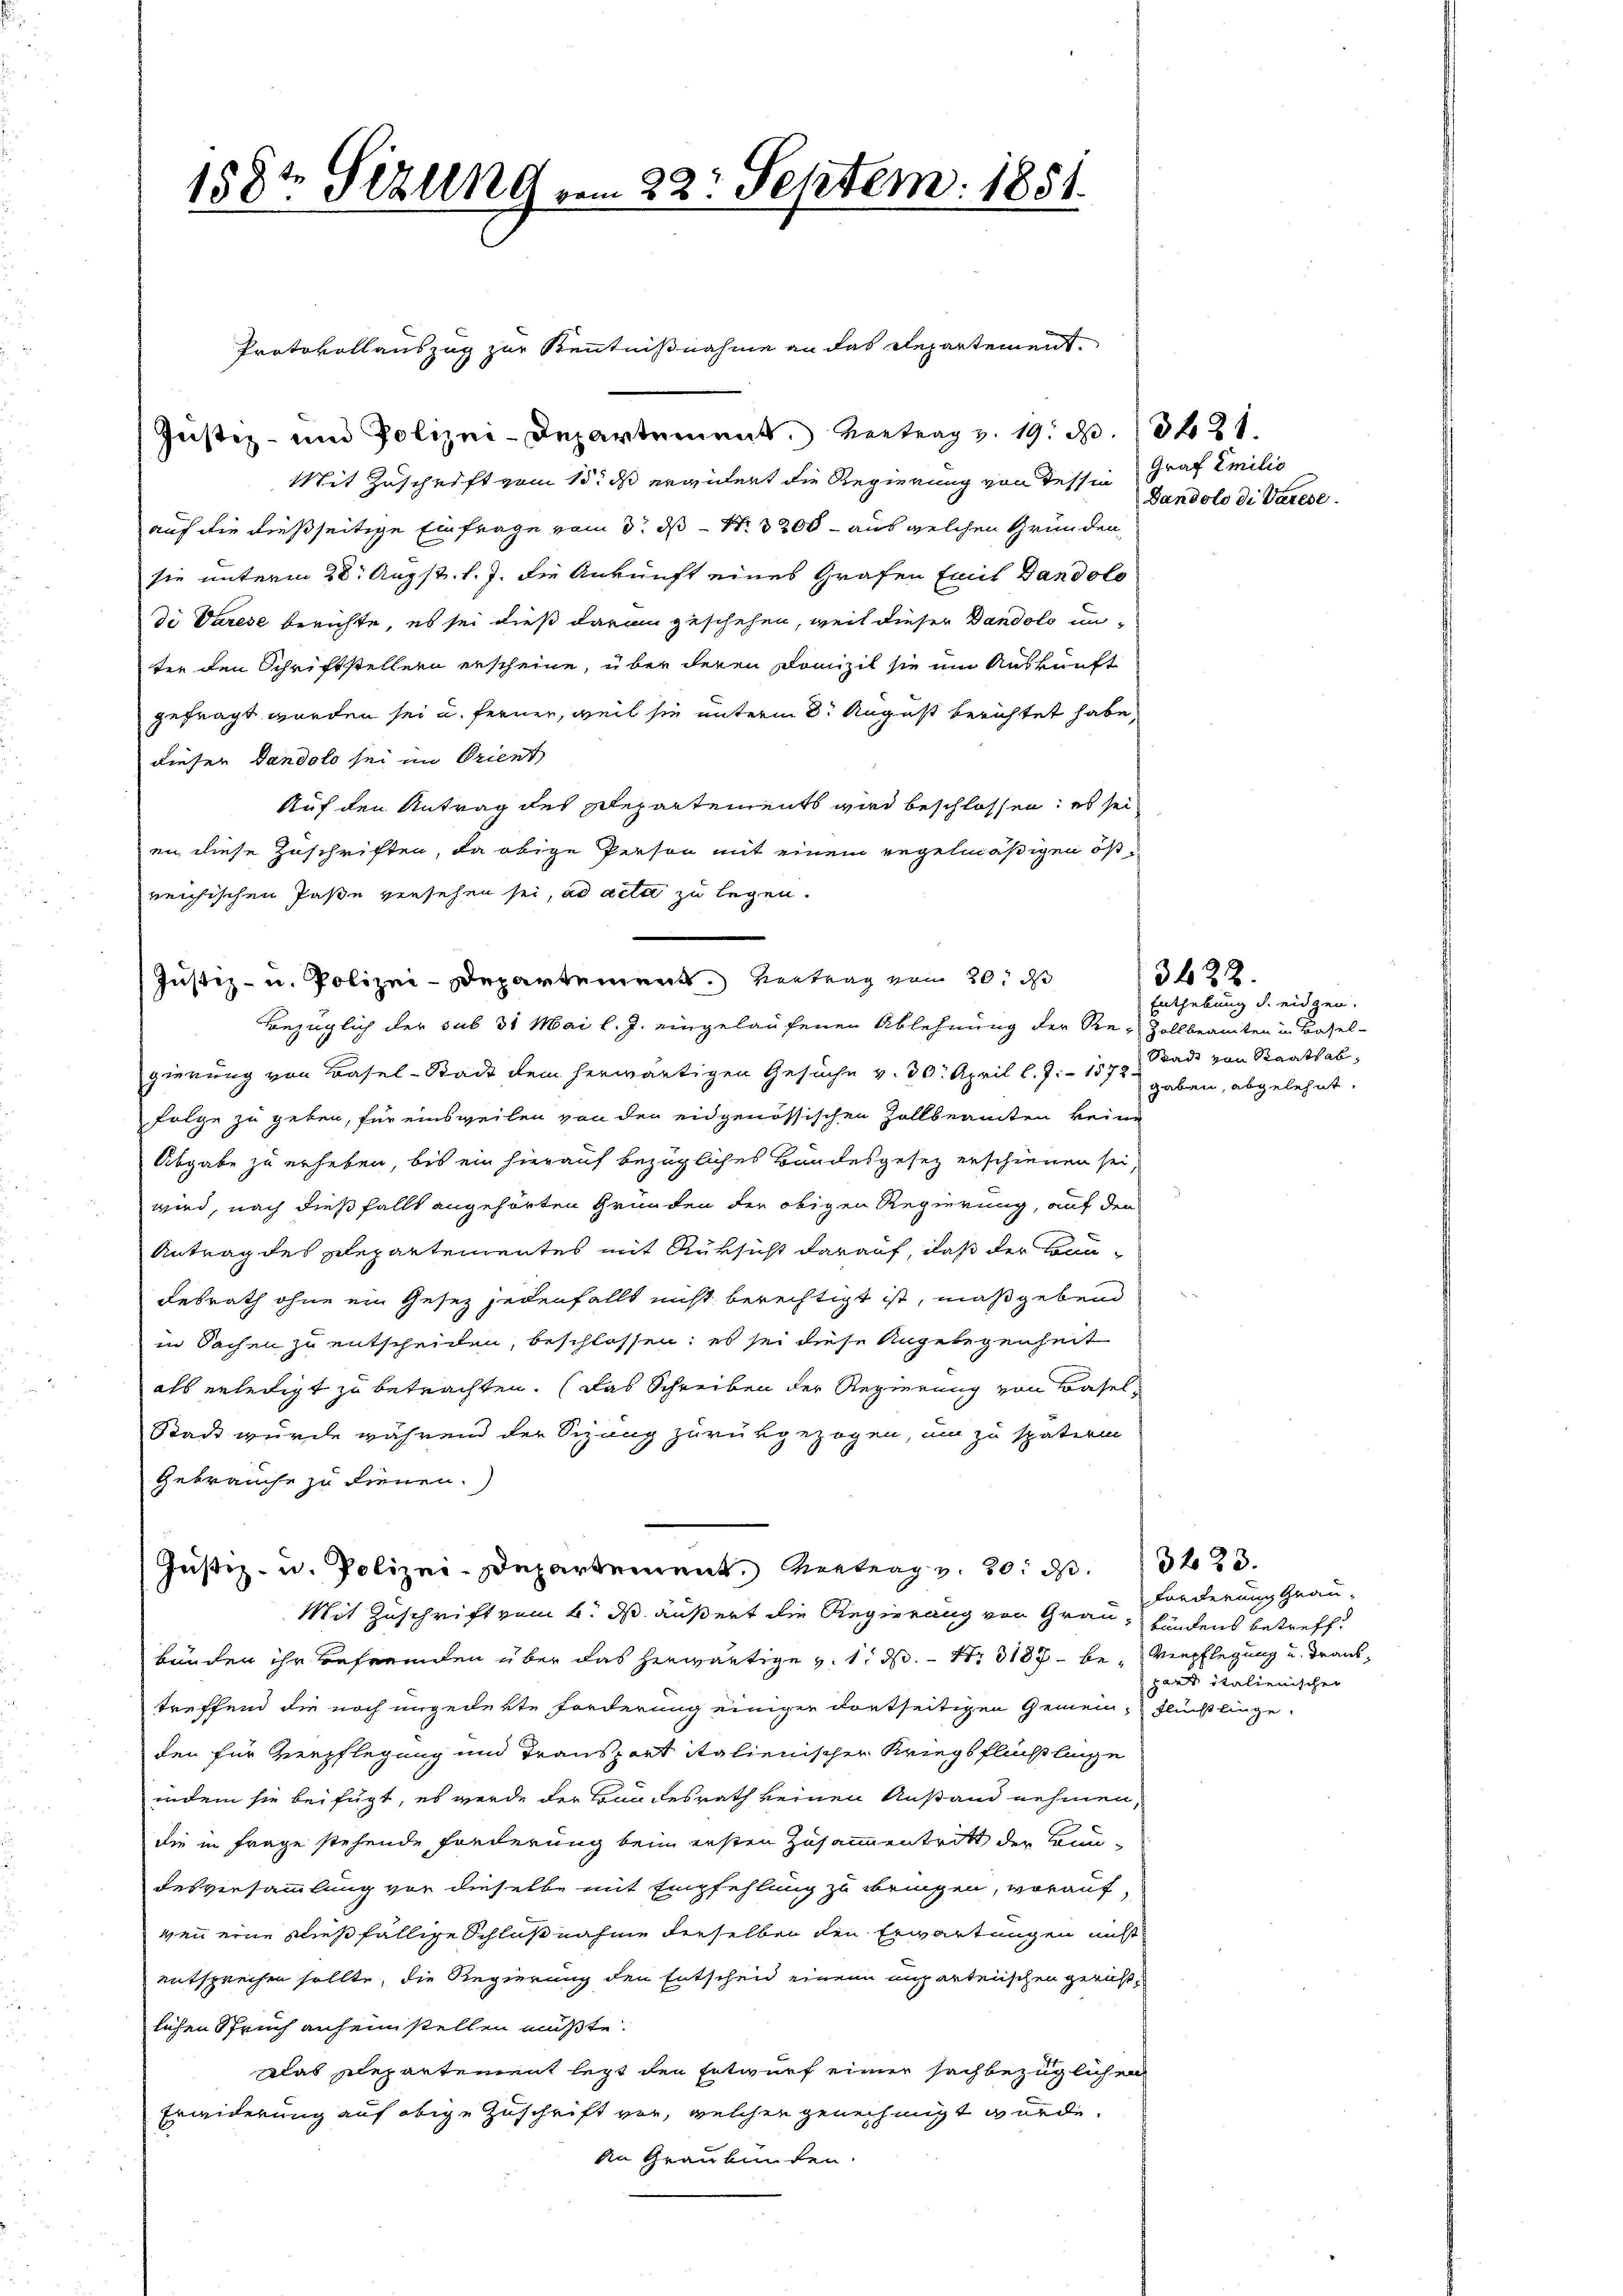
158t Sezung am 22. Septem. 1851.

Justiz- und Polizei-Departement Vertrag v. 19. d. 21
Mit Zuschrift vom 15. ds erwidert die Regierung von dessen Graf Emilio
auf die dießseitige Einfrage vom 3. ds Nr. 3200 - aus welchen Gründen,
sie unterm 28. Augst. l. J. die Ankunft eines Grafen (mit Gandolo
di Varese berichte, es sei dieß daran geschehen, weil dieser Dandolo unter den Schriftstellern erscheine, über deren Domizil sie um Auskunft
gefragt worden sei u. fernen, weil sie unterm 8. August berichtet habe,
dieser dandolo sei im Orient
Auf den Antrag des Departements wird beschlossen: es sei
en diese Zuschriften, da obige Person mit einem Regelmäßigen östreichischen Paße versehen sei, ad acta zu legen.
Justiz- u. Polizei-Departement. Vertrag vom 20. d
Bezüglich der sub 31 Mai l. J. eingelaufenen Ablehnung der Re-Zollbeamten in Basel-
gierung von Basel-Stadt dem herwärtigen Gesuche v. 30. April l. J. 1872
Folge zu geben, für einsweilen von der eidgenössischen Zollbeamten keine
Abgabe zu erheben, bis ein hierauf bezügliches Bandesgesez erschienen sei,
wird, nach dießfalls angehörten Gründen der obigen Regierung, auf den
Antrag des Departementes mit Rüksicht darauf, daß der Bun-
desrath ohne ein Gesez jedenfalls nicht berechtigt ist, maßgebend
in Sachen zu entscheiden, beschlossen; es sei diese Angelegenheit
als erledigt zu betrachten. (Das Schreiben der Regierung von Basel
Stadt wurde während der Sizung zurückgezogen, um zu späterin
Gebrauche zu dienen.
(Justiz- u. Polizei-Departement, Vertrag v. 20. ds.
Mit Zuschrift vom 6. ds. äußert die Regierung von Graubündens betreff
bunden ihr Befremden über das herwärtige v. 1. d. S. 3187 - be- Verpflegung u. Tranktreffend die noch ungedekte Forderung einiger dortseitigen Gemein Flüchtlinge.
den für Verpflegung und Transport italienischer Kriegsflüchtlinge
indem sie beifügt, es werde der Brandesrath keinen Anstand nehmen,
die in Frage stehende Freierung beim ersten Zusammentritt der Bundesversammlung vor dieselbe mit Empfehlung zu bringen, voraufwen eine dießfällige Schlußnahme derselben den Erwartungen nicht
entsprechen sollte, die Regierung den Entscheid einem unparteiischen gerichtlichen Spruch anheimstellen müßte.
Das Repartement legt den Entwurf einer sachbezüglichen
Erwiderung auf obige Zuschrift vor, welcher genehmigt wurde.
An Graubünden.

Protokollauszug zur Kenntnißnahme an das Repartement

Dandolo di Varese.

Enthebung d. eidgen.
Stadt von Staatsabgaben, abgelehnt.

3422.

3223.
forderung Graugart italienischen